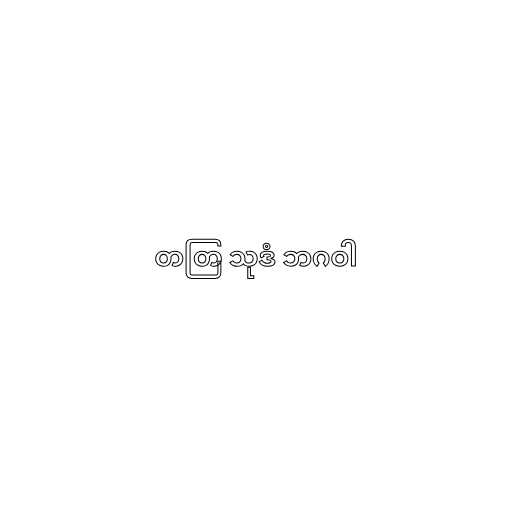
တတြ သုဒံ ဘဂဝါ